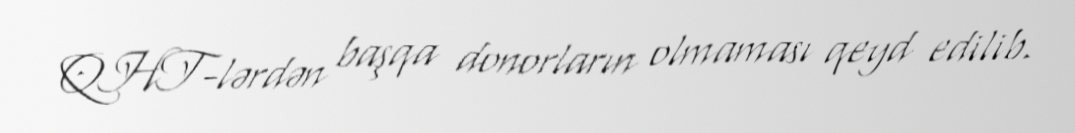
QHT-lərdən başqa donorların olmaması qeyd edilib.